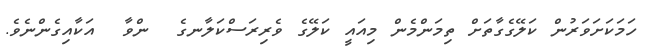
ހަމަކަށަވަރުން ކަލޭގެގާތަށް ތިމަންމެން މިއައީ ކަލޭގެ ވެރިރަސްކަލާނގެ  ންވާ  އަކާއިގެންނެވެ.